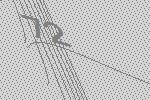
72